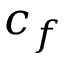
c _ { f }